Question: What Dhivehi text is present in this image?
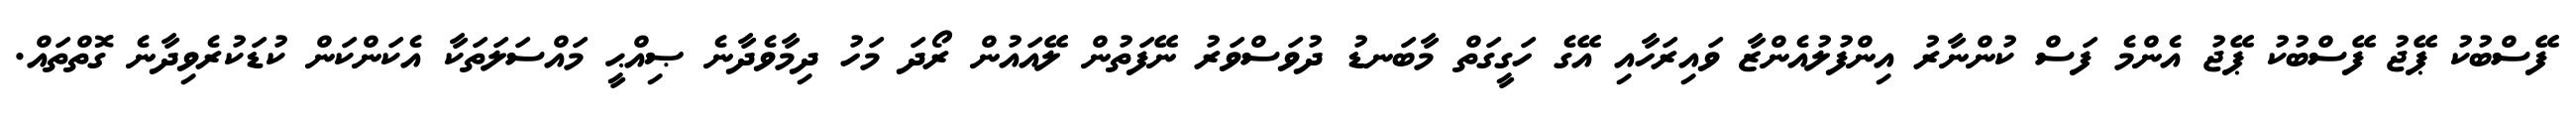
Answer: ފޭސްބުކު ޕޭޖު ފޭސްބުކު ޕޭޖު އެންމެ ފަސް ކުންނާރު އިންފުލުއެންޒާ ވައިރަހާއި އޭގެ ހަގީގަތް މާބަނޑު ދުވަސްވަރު ނޭފަތުން ލޭއައުން ރޯދަ މަހު ދިމާވެދާނެ ޞިއްޙީ މައްސަލަތަކާ އެކަންކަން ކުޑަކުރެވިދާނެ ގޮތްތައް.